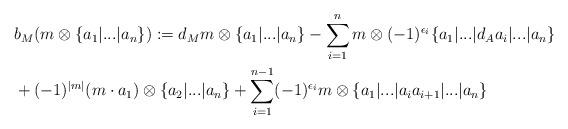
LaTeX: \begin{align*}&b_M(m \otimes \{ a_1 | ... | a_n \} ) := d_Mm \otimes \{a_1 | ... |a_n\} - \sum_{i=1}^n m \otimes (-1)^{\epsilon_i} \{ a_1| ...|d_Aa_i| ... |a_n\}\\&+ (-1)^{|m|} (m \cdot a_1) \otimes \{ a_2 | ... | a_n \} + \sum_{i=1}^{n-1} (-1)^{\epsilon_i} m \otimes \{ a_1 | ... |a_i a_{i+1} |... | a_n \}\end{align*}